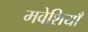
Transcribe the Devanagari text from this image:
मवेशियाँ